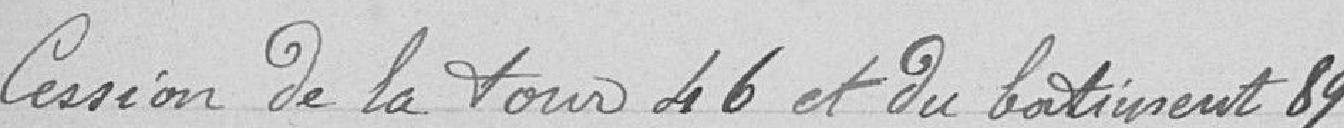
Cession de la tour 46 et du bâtiment 89